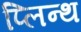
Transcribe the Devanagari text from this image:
प्लिन्थ